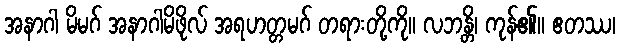
အနာဂါ မိမဂ် အနာဂါမိဖိုလ် အရဟတ္တမဂ် တရားတို့ကို။ လဘန္တိ၊ ကုန်၏။ ဧတဿ၊